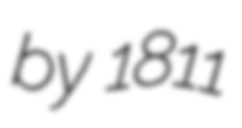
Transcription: by 1811